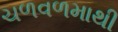
ચળવળમાથી